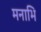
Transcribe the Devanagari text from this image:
मनाभि